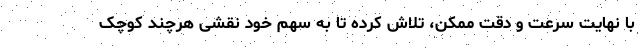
با نهایت سرعت و دقت ممکن، تلاش کرده تا به سهم خود نقشی هرچند کوچک